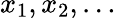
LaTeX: x_{1},x_{2},\ldots